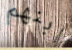
ابنهم